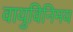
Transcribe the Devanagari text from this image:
वायुविनिमय